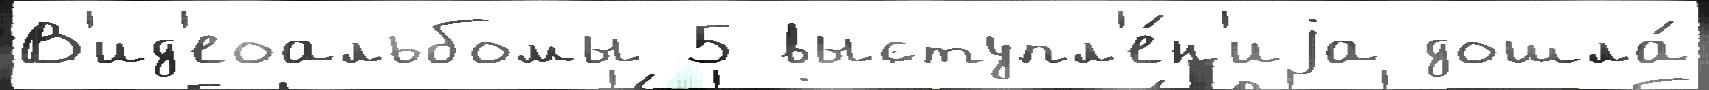
В'ид'еоальбомы 5 выступл'е́н'иjа дошла́